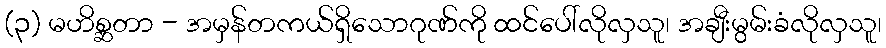
(၃) မဟိစ္ဆတာ - အမှန်တကယ်ရှိသောဂုဏ်ကို ထင်ပေါ်လိုလှသူ၊ အချီးမွမ်းခံလိုလှသူ၊